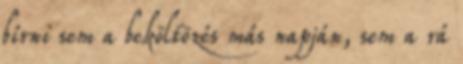
bírni sem a beköltözés más napján, sem a rá